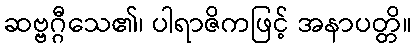
ဆဗ္ဗဂ္ဂီသေ၏၊ ပါရာဇိကဖြင့် အနာပတ္တိ။